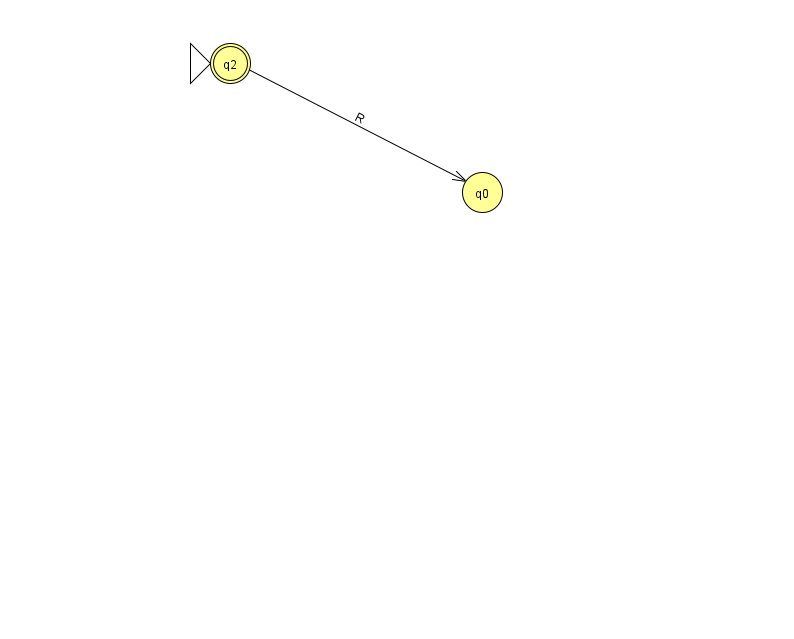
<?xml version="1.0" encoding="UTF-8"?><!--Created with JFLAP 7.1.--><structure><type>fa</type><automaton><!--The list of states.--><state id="0" name="q0"><x>482.0</x><y>179.0</y></state><state id="2" name="q2"><x>230.0</x><y>50.0</y><initial/><final/></state><!--The list of transitions.--><transition><from>2</from><to>0</to><read>R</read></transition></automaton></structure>